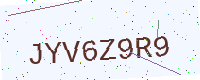
Text: JYV6Z9R9